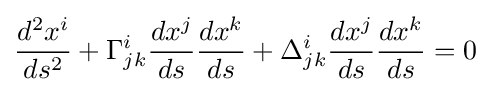
{\frac {d^{2}x^{i}}{ds^{2}}}+\Gamma _{jk}^{i}{\frac {dx^{j}}{ds}}{\frac {dx^{k}}{ds}}+\Delta _{jk}^{i}{\frac {dx^{j}}{ds}}{\frac {dx^{k}}{ds}}=0